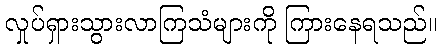
လှုပ်ရှားသွားလာကြသံများကို ကြားနေရသည်။